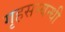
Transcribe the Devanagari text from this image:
गृहसम्बन्धी